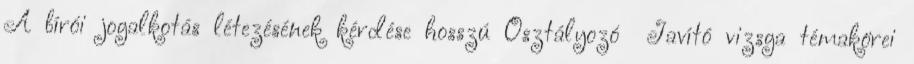
A bírói jogalkotás létezésének kérdése hosszú Osztályozó Javító vizsga témakörei